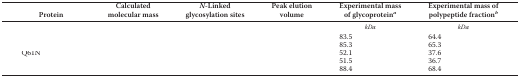
<table><thead><tr><td><b>Protein</b></td><td><b>Calculated molecular mass</b></td><td><b><i>N</i>-Linked glycosylation sites</b></td><td><b>Peak elution volume</b></td><td><b>Experimental mass of glycoprotein<i><sup>a</sup></i></b></td><td><b>Experimental mass of polypeptide fraction<i><sup>b</sup></i></b></td></tr></thead><tbody><tr><td>[EMPTY_CELL]</td><td>[EMPTY_CELL]</td><td>[EMPTY_CELL]</td><td>[EMPTY_CELL]</td><td><i>kDa</i></td><td><i>kDa</i></td></tr><tr><td>[EMPTY_CELL]</td><td>[EMPTY_CELL]</td><td>[EMPTY_CELL]</td><td>[EMPTY_CELL]</td><td>83.5</td><td>64.4</td></tr><tr><td>[EMPTY_CELL]</td><td>[EMPTY_CELL]</td><td>[EMPTY_CELL]</td><td>[EMPTY_CELL]</td><td>85.3</td><td>65.3</td></tr><tr><td>Q61N</td><td>[EMPTY_CELL]</td><td>[EMPTY_CELL]</td><td>[EMPTY_CELL]</td><td>52.1</td><td>37.6</td></tr><tr><td>[EMPTY_CELL]</td><td>[EMPTY_CELL]</td><td>[EMPTY_CELL]</td><td>[EMPTY_CELL]</td><td>51.5</td><td>36.7</td></tr><tr><td>[EMPTY_CELL]</td><td>[EMPTY_CELL]</td><td>[EMPTY_CELL]</td><td>[EMPTY_CELL]</td><td>88.4</td><td>68.4</td></tr></tbody></table>